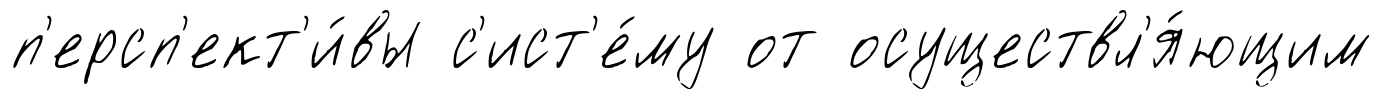
п'ерсп'ект'и́вы с'ист'е́му от осуществл'я́ющим